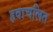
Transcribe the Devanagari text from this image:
हवाचलित